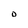
Character: O